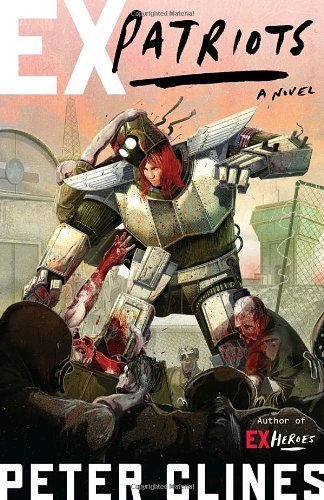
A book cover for Ex-Patriots: A Novel (Ex-Heroes); Peter Clines; Comics & Graphic Novels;